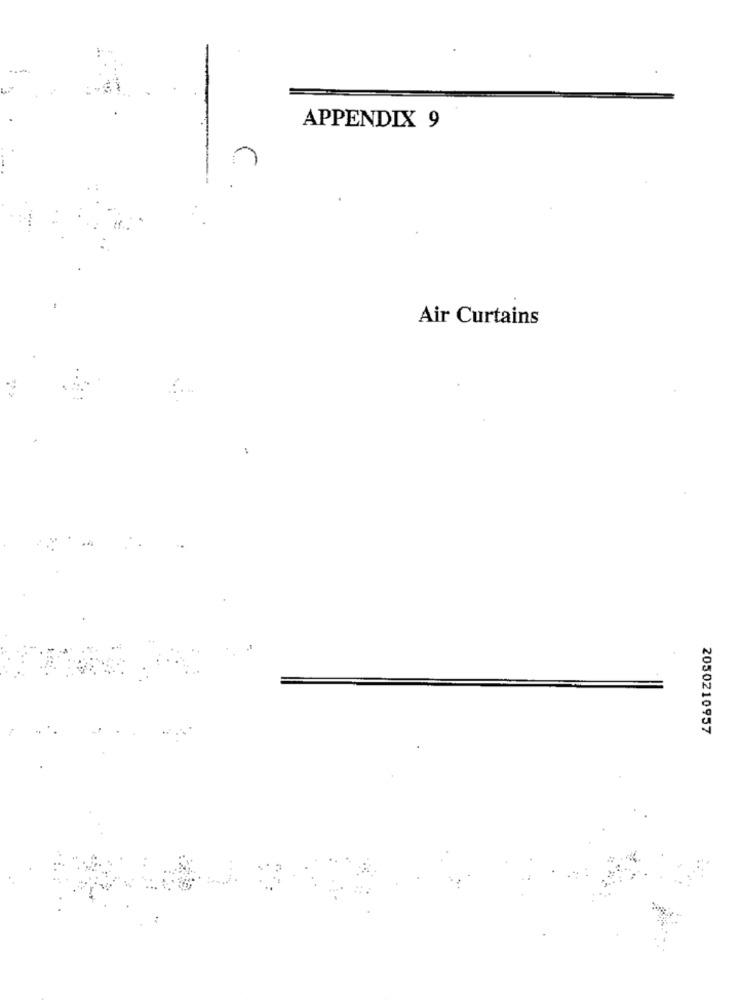
APPENDIX 9
Air Curtains
2050210957